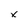
Character: x